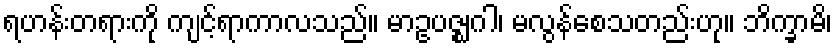
ရဟန်းတရားကို ကျင့်ရာကာလသည်။ မာဥပဇ္ဈဂါ၊ မလွန်စေသတည်းဟု။ ဘိက္ခာမိ၊